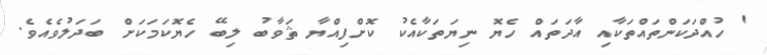
' ހުއްދަކަންތައްތަކާއި އާދަތައް ހެޔޮ ނިޔަތަކާއެކު ކޮށްފިއްޔާ ޘަވާބު ލިބޭ ހެޔޮކަމަކަށް ބަދަލުވެއެވެ.